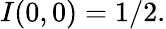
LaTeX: I(0,0)=1/2.